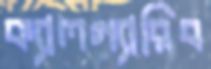
ক্যালগ্যারিব